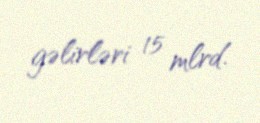
gəlirləri 15 mlrd.